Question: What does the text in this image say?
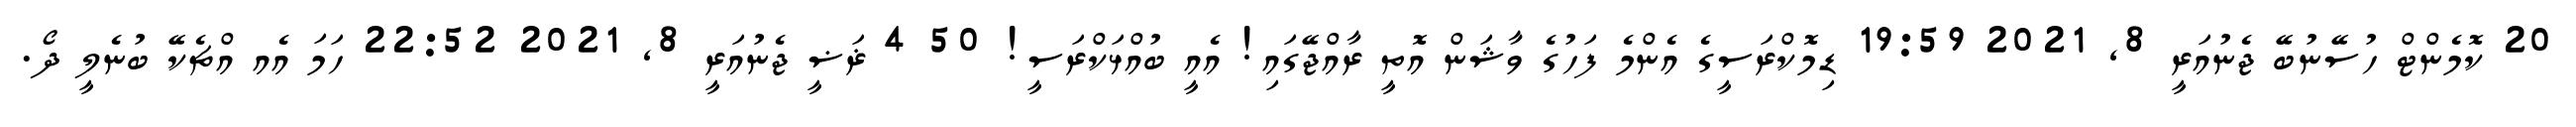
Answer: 20 ކޮމެންޓް ހުސޭނުބޭ ޖެނުއަރީ 8, 2021 19:59 ޑިމޮކްރަސީގެ އެންމެ ފަހުގެ ވާޝަން އޮތީ ރާއްޖޭގައި! އެއީ ބުއްޅަކްރަސީ! 50 4 ޜަޟީ ޖެނުއަރީ 8, 2021 22:52 ހަމަ އެއ އްޗެކޭ ބުނެލީ ދޯ.